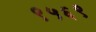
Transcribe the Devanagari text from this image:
९५६९